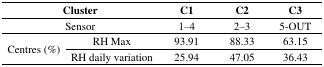
<table><thead><tr><td colspan="2"><b>Cluster</b></td><td><b>C1</b></td><td><b>C2</b></td><td><b>C3</b></td></tr></thead><tbody><tr><td colspan="2">Sensor</td><td>1–4</td><td>2–3</td><td>5-OUT</td></tr><tr><td rowspan="2">Centres (%)</td><td>RH Max</td><td>93.91</td><td>88.33</td><td>63.15</td></tr><tr><td>RH daily variation</td><td>25.94</td><td>47.05</td><td>36.43</td></tr></tbody></table>